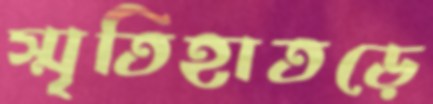
স্মৃতিহাতড়ে